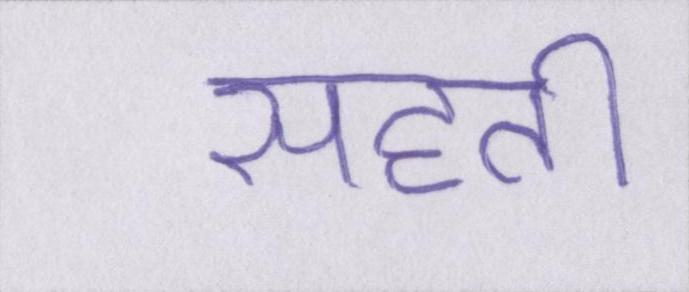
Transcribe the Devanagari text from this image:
सहती